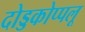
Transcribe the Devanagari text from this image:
दोड्डकोप्पलू